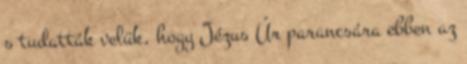
s tudatták velük, hogy Jézus Úr parancsára ebben az